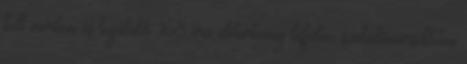
kell meríteni és legalább 168 óra idõtartamig lefedve, szobahõmérsékleten